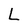
Character: L